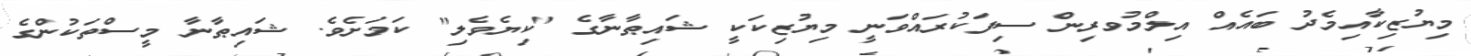
މިޔުޒިކާއިމެދު ބައެއް އިލްމުވރިން ސިފަކުރައްވަނީ މިޔުޒިކަކީ ޝައިޠާނާގެ "ކިޔެވެލި" ކަމަށެވެ. ޝައިޠާނާ މީސްތަކުންގެ